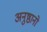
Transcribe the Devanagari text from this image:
अनुष्ठानो